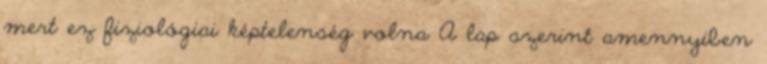
mert ez fiziológiai képtelenség volna A lap szerint amennyiben